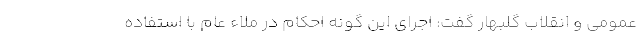
عمومی و انقلاب گلبهار گفت: اجرای این گونه احکام در ملاء عام با استفاده